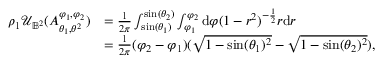
\begin{array} { r l } { \rho _ { 1 } \mathcal U _ { \mathbb B ^ { 2 } } ( A _ { \theta _ { 1 } , \theta ^ { 2 } } ^ { \varphi _ { 1 } , \varphi _ { 2 } } ) } & { = \frac { 1 } { 2 \pi } \int _ { \sin ( \theta _ { 1 } ) } ^ { \sin ( \theta _ { 2 } ) } \int _ { \varphi _ { 1 } } ^ { \varphi _ { 2 } } \mathrm { d } \varphi ( 1 - r ^ { 2 } ) ^ { - \frac 1 2 } r \mathrm { d } r } \\ & { = \frac { 1 } { 2 \pi } ( \varphi _ { 2 } - \varphi _ { 1 } ) ( \sqrt { 1 - \sin ( \theta _ { 1 } ) ^ { 2 } } - \sqrt { 1 - \sin ( \theta _ { 2 } ) ^ { 2 } } ) , } \end{array}